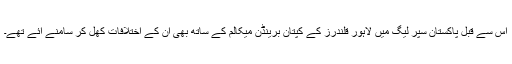
اس سے قبل پاکستان سپر لیگ میں لاہور قلندرز کے کپتان برینڈن میکالم کے ساتھ بھی ان کے اختلافات کھل کر سامنے آئے تھے۔